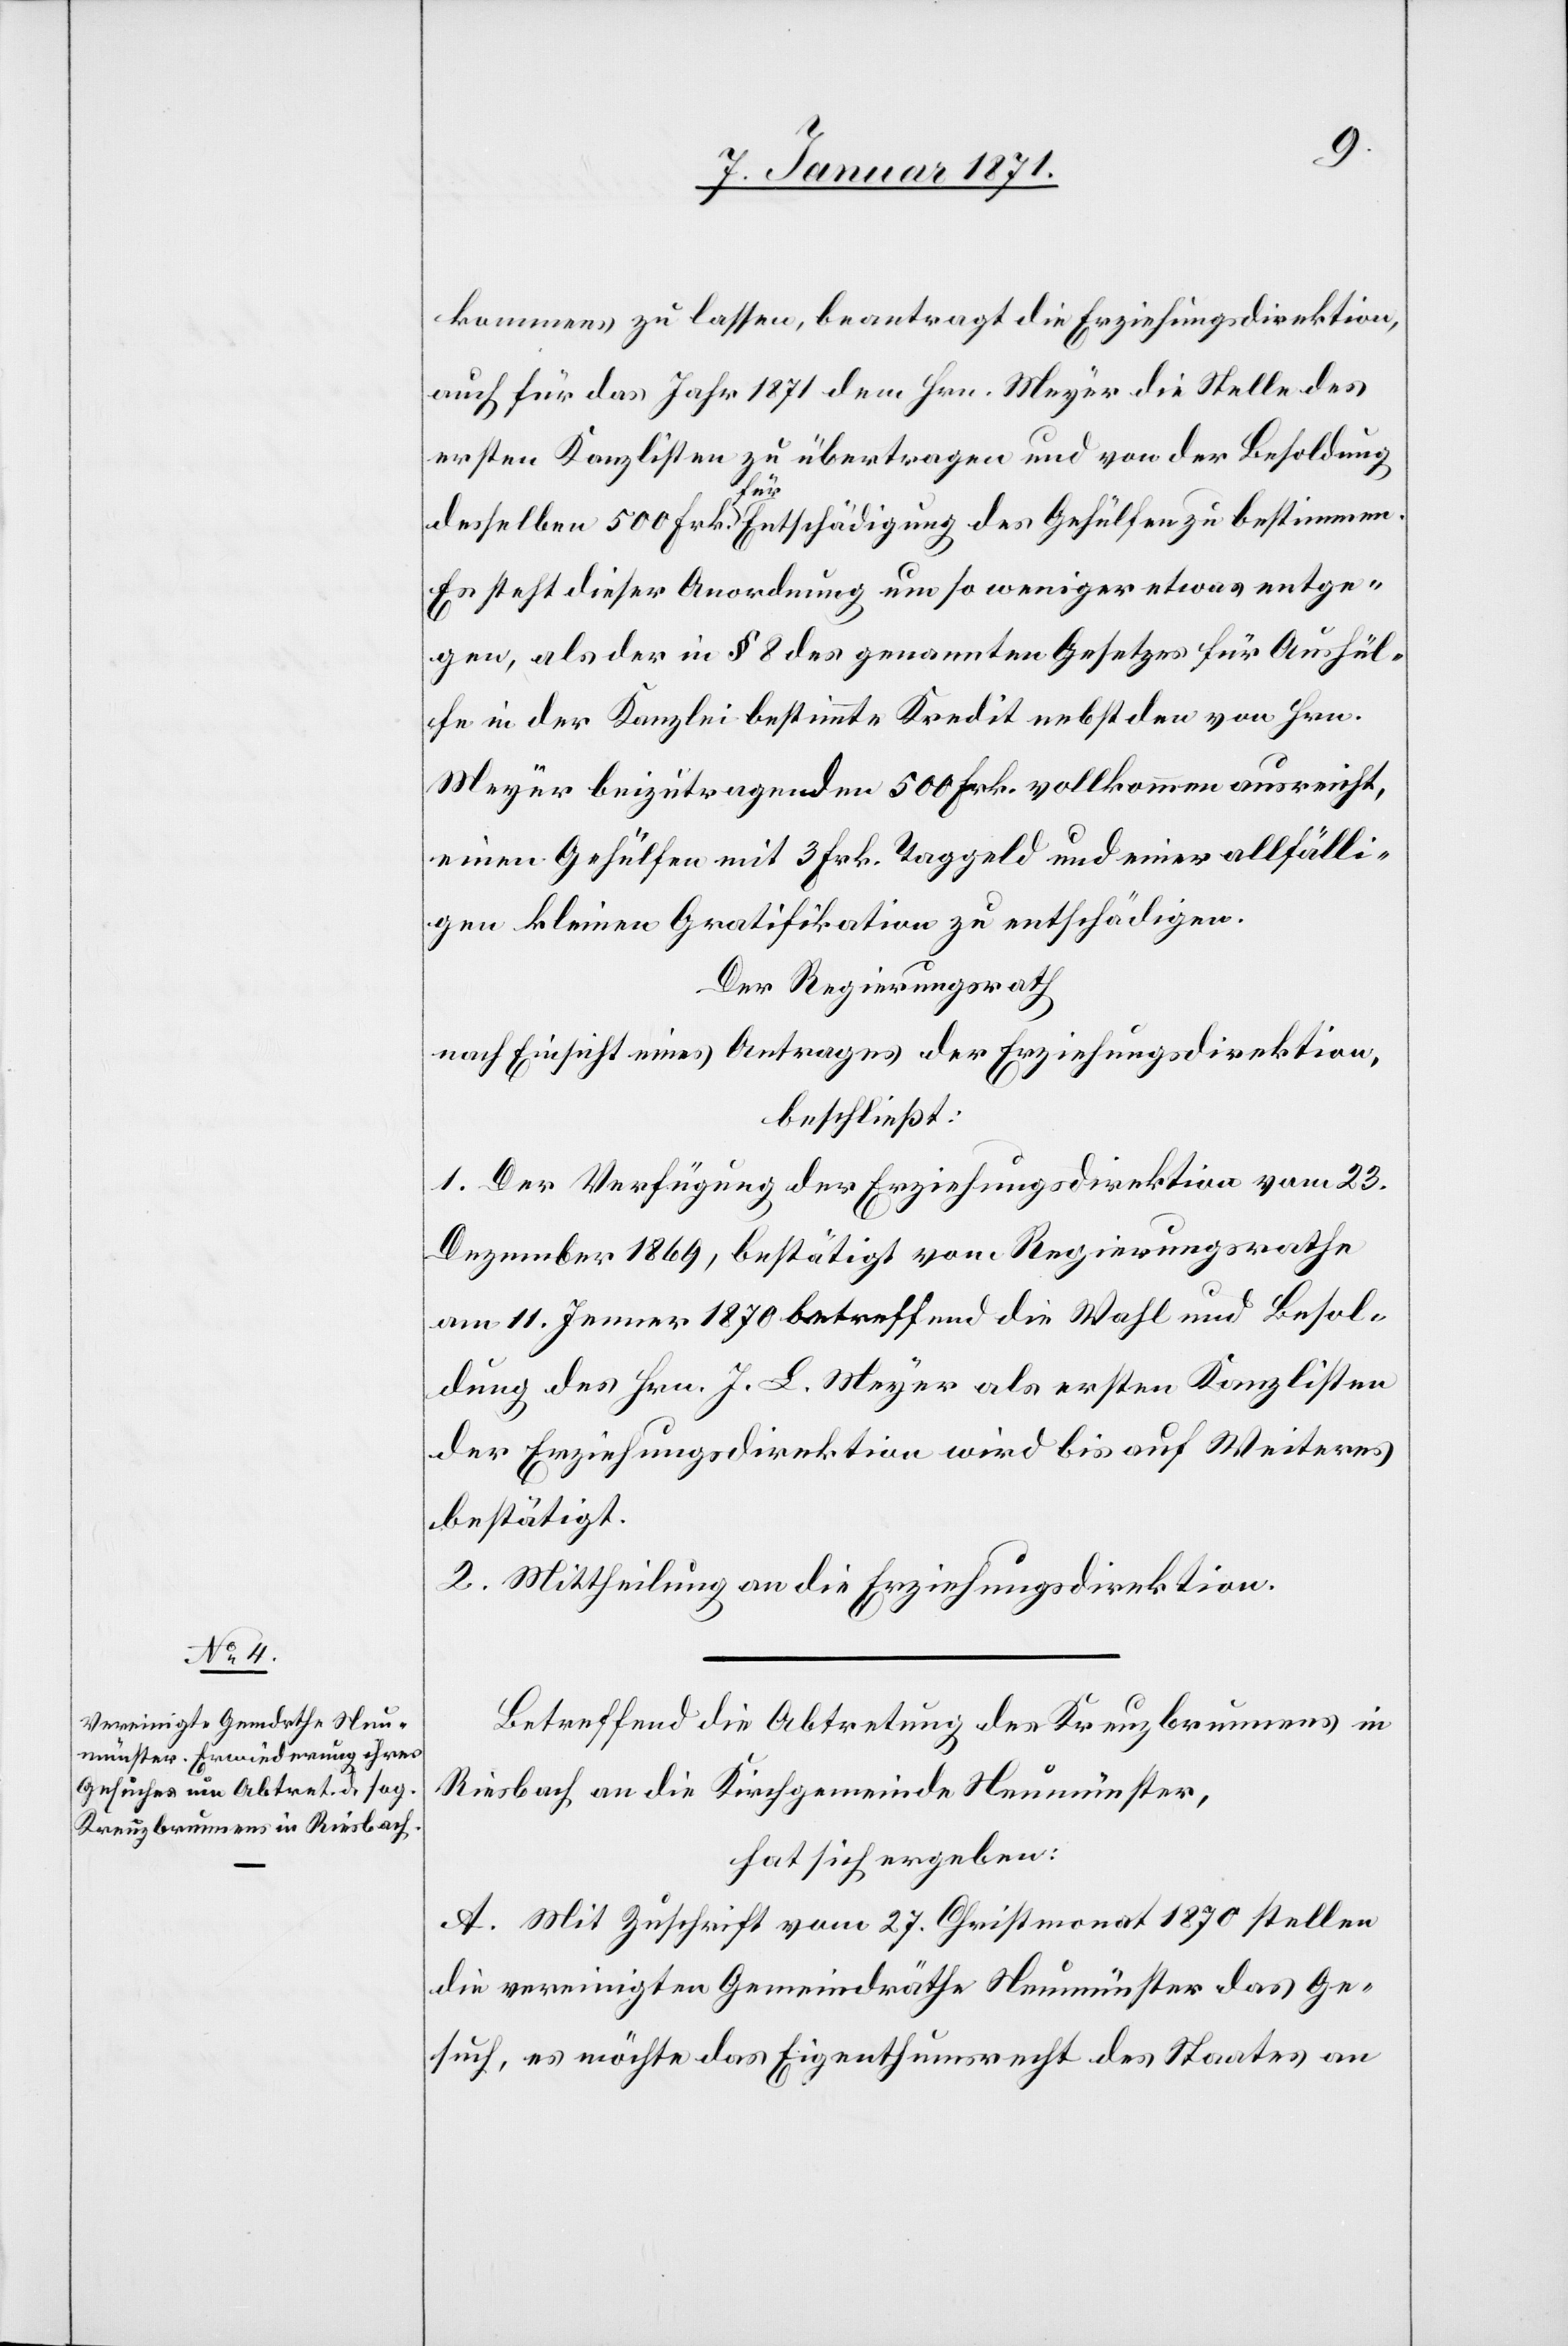
kommens zu lassen, beantragt die Erziehungsdirektion,
auch für das Jahr 1871 dem Hrn. Meyer die Stelle des
ersten Kanzlisten zu übertragen und von der Besoldung
Der
derselben 500 Frk. für Entschädigung des Gehülfen zu bestimmen.
Es steht dieser Anordnung um so weniger etwas entge¬
gen, als der in § 8 des genannten Gesetzes für Aushül¬
fe in der Kanzlei bestimmte Kredit nebst den von Hrn.
Meyer beizutragenden 500 Frk. vollkommen ausreicht,
einen Gehülfen mit 3 Frk. Taggeld und einer allfälli¬
gen kleinen Gratifikation zu entschädigen.
vom Regierungsrathe
nach Einsicht eines Antrages der Erziehungsdirektion,
beschließt:
am 11. Jenner 1870 betreffend die Wahl und Besol¬
dung des Hrn. J. L. Meyer als ersten Kanzlisten
der Erziehungsdirektion wird bis auf Weiteres
bestätigt.
2. Mittheilung an die Erziehungsdirektion.
Betreffend die Abtretung des Kreuzbrunnens in
Riesbach an die Kirchgemeinde Neumünster,
hat sich ergeben:
A. Mit Zuschrift vom 27. Christmonat 1870 stellen
die vereinigten Gemeindräthe Neumünster das Ge¬
such, es möchte das Eigenthumsrecht des Staates an